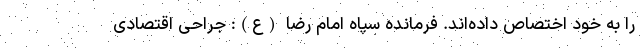
را به خود اختصاص داده‌اند. فرمانده سپاه امام رضا (ع): جراحی اقتصادی